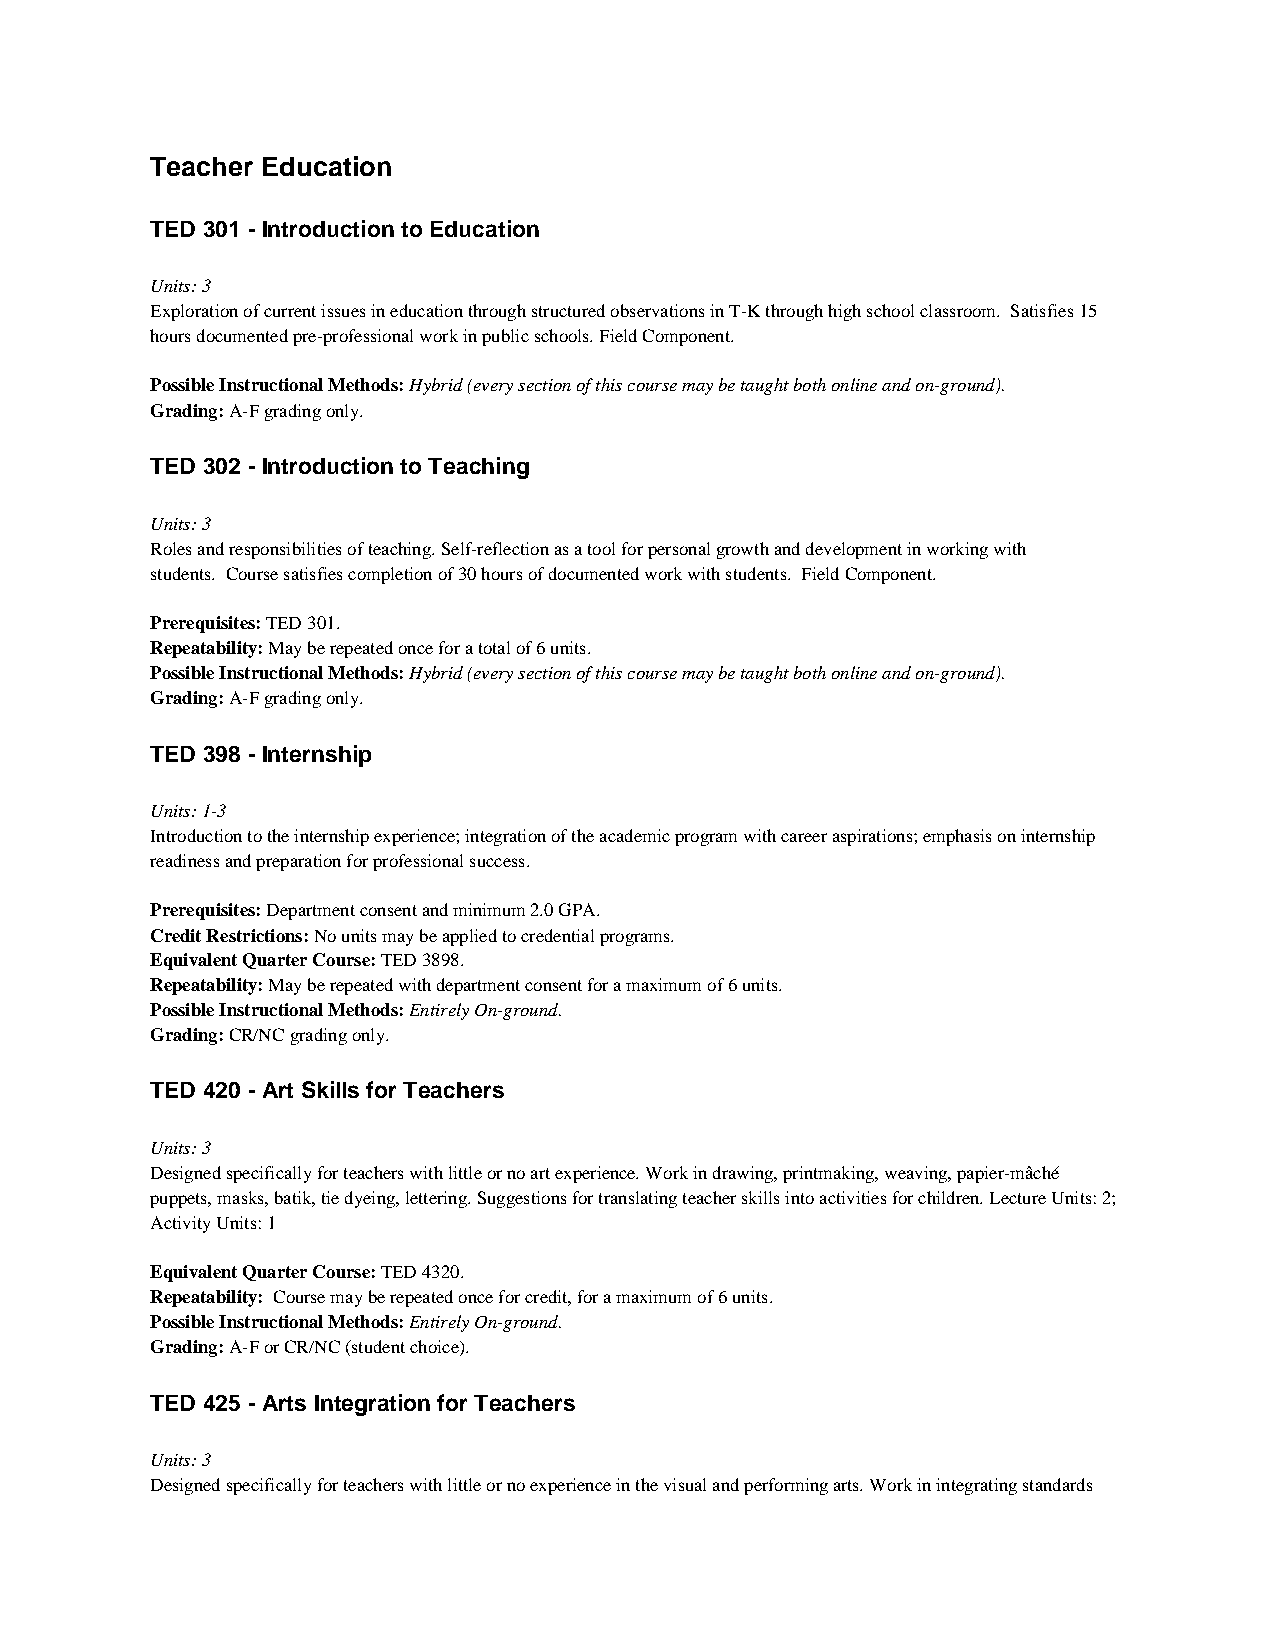
Teacher Education
 TED 301 - Introduction to Education
 Units: 3
 Exploration of current issues in education through structured observations in T-K through high school classroom. Satisfies 15
 hours documented pre-professional work in public schools. Field Component.
 Possible Instructional Methods: Hybrid (every section of this course may be taught both online and on-ground).
 Grading: A-F grading only.
 TED 302 - Introduction to Teaching
 Units: 3
 Roles and responsibilities of teaching. Self-reflection as a tool for personal growth and development in working with
 students. Course satisfies completion of 30 hours of documented work with students. Field Component.
 Prerequisites: TED 301.
 Repeatability: May be repeated once for a total of 6 units.
 Possible Instructional Methods: Hybrid (every section of this course may be taught both online and on-ground).
 Grading: A-F grading only.
 TED 398 - Internship
 Units: 1-3
 Introduction to the internship experience; integration of the academic program with career aspirations; emphasis on internship
 readiness and preparation for professional success.
 Prerequisites: Department consent and minimum 2.0 GPA.
 Credit Restrictions: No units may be applied to credential programs.
 Equivalent Quarter Course: TED 3898.
 Repeatability: May be repeated with department consent for a maximum of 6 units.
 Possible Instructional Methods: Entirely On-ground.
 Grading: CR/NC grading only.
 TED 420 - Art Skills for Teachers
 Units: 3
 Designed specifically for teachers with little or no art experience. Work in drawing, printmaking, weaving, papier-mâché
 puppets, masks, batik, tie dyeing, lettering. Suggestions for translating teacher skills into activities for children. Lecture Units: 2;
 Activity Units: 1
 Equivalent Quarter Course: TED 4320.
 Repeatability: Course may be repeated once for credit, for a maximum of 6 units.
 Possible Instructional Methods: Entirely On-ground.
 Grading: A-F or CR/NC (student choice).
 TED 425 - Arts Integration for Teachers
 Units: 3
 Designed specifically for teachers with little or no experience in the visual and performing arts. Work in integrating standards